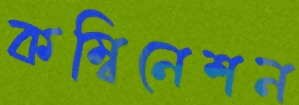
কম্বিনেশন